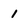
Character: 1